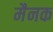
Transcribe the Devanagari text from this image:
मैनक